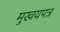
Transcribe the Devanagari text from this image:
मुखयपत्र